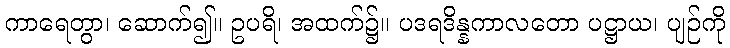
ကာရေတွာ၊ ဆောက်၍။ ဥပရိ၊ အထက်၌။ ပဒရဒိန္နကာလတော ပဋ္ဌာယ၊ ပျဉ်ကို